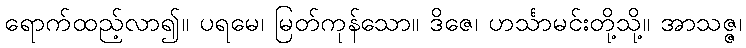
ရောက်ထည့်လာ၍။ ပရမေ၊ မြတ်ကုန်သော။ ဒိဇေ၊ ဟင်္သာမင်းတို့သို့။ အာသဇ္ဇ၊